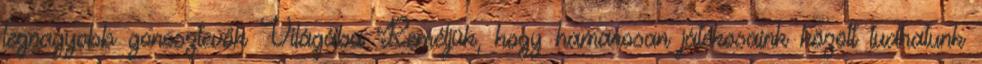
legnagyobb gonosztevők Világába Reméljük, hogy hamarosan játékosaink között tudhatunk